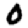
Digit: 0